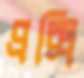
প্রক্সি